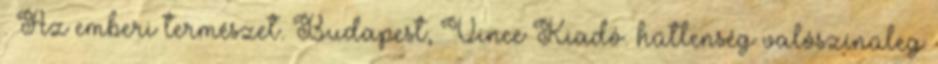
. Az emberi természet. Budapest, Vince Kiadó. hűtlenség valószínűleg